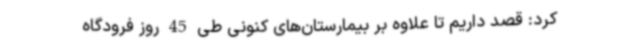
کرد: قصد داریم تا علاوه بر بیمارستان‌های کنونی طی 45 روز فرودگاه